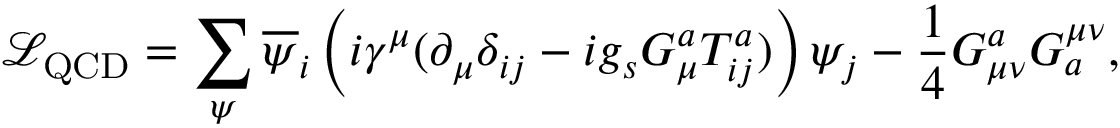
{ \mathcal { L } } _ { \mathrm { Q C D } } = \sum _ { \psi } { \overline { { \psi } } } _ { i } \left( i \gamma ^ { \mu } ( \partial _ { \mu } \delta _ { i j } - i g _ { s } G _ { \mu } ^ { a } T _ { i j } ^ { a } ) \right) \psi _ { j } - { \frac { 1 } { 4 } } G _ { \mu \nu } ^ { a } G _ { a } ^ { \mu \nu } ,